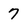
Character: 7